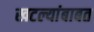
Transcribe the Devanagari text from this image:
खटल्यांबाबत